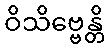
ဝိသိဗ္ဗေန္တိ